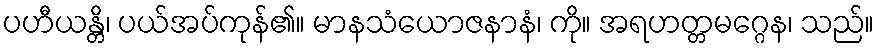
ပဟီယန္တိ၊ ပယ်အပ်ကုန်၏။ မာနသံယောဇနာနံ၊ ကို။ အရဟတ္တမဂ္ဂေန၊ သည်။